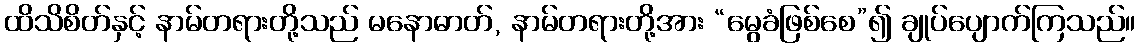
ထိသိစိတ်နှင့် နာမ်တရားတို့သည် မနောဓာတ်, နာမ်တရားတို့အား “မွေခံဖြစ်စေ”၍ ချုပ်ပျောက်ကြသည်။